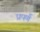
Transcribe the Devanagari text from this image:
प्रपर्ण